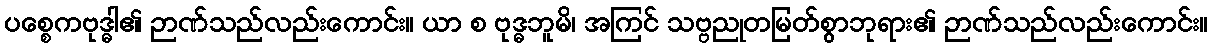
ပစ္စေကဗုဒ္ဓါ၏ ဉာဏ်သည်လည်းကောင်း။ ယာ စ ဗုဒ္ဓဘူမိ၊ အကြင် သဗ္ဗညုတမြတ်စွာဘုရား၏ ဉာဏ်သည်လည်းကောင်း။